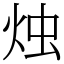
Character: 烛